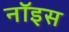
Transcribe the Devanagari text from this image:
नॉइस